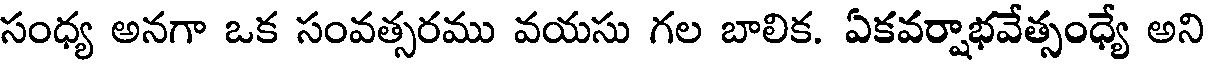
సంధ్య అనగా ఒక సంవత్సరము వయసు గల బాలిక. ఏకవర్షాభవేత్సంధ్యే అని